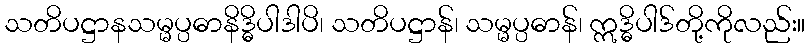
သတိပဋ္ဌာနသမ္မပ္ပဓာနိဒ္ဓိပါဒါပိ၊ သတိပဋ္ဌာန်၊ သမ္မပ္ပဓာန်၊ ဣဒ္ဓိပါဒ်တို့ကိုလည်း။